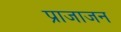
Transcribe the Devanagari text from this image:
प्राजाजन